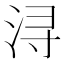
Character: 浔